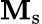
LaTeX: \mathbf{M}_{\mathrm{{s}}}